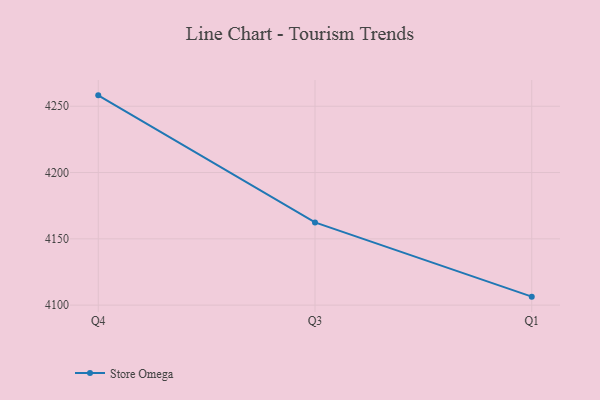
{"axis": {"x": "Quarter", "y": "Operating Costs (USD K)"}, "legend": ["Store Omega"], "data": [{"x": "Q4", "y": 4258.2, "type": "Store Omega"}, {"x": "Q3", "y": 4162.4, "type": "Store Omega"}, {"x": "Q1", "y": 4106.4, "type": "Store Omega"}]}